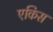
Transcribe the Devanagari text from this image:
एकिस